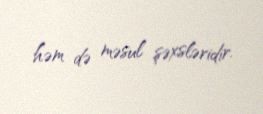
həm də məsul şəxsləridir.